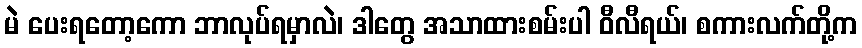
မဲ ပေးရတော့ကော ဘာလုပ်ရမှာလဲ၊ ဒါတွေ အသာထားစမ်းပါ ဝီလီရယ်၊ စကားလက်တို့က